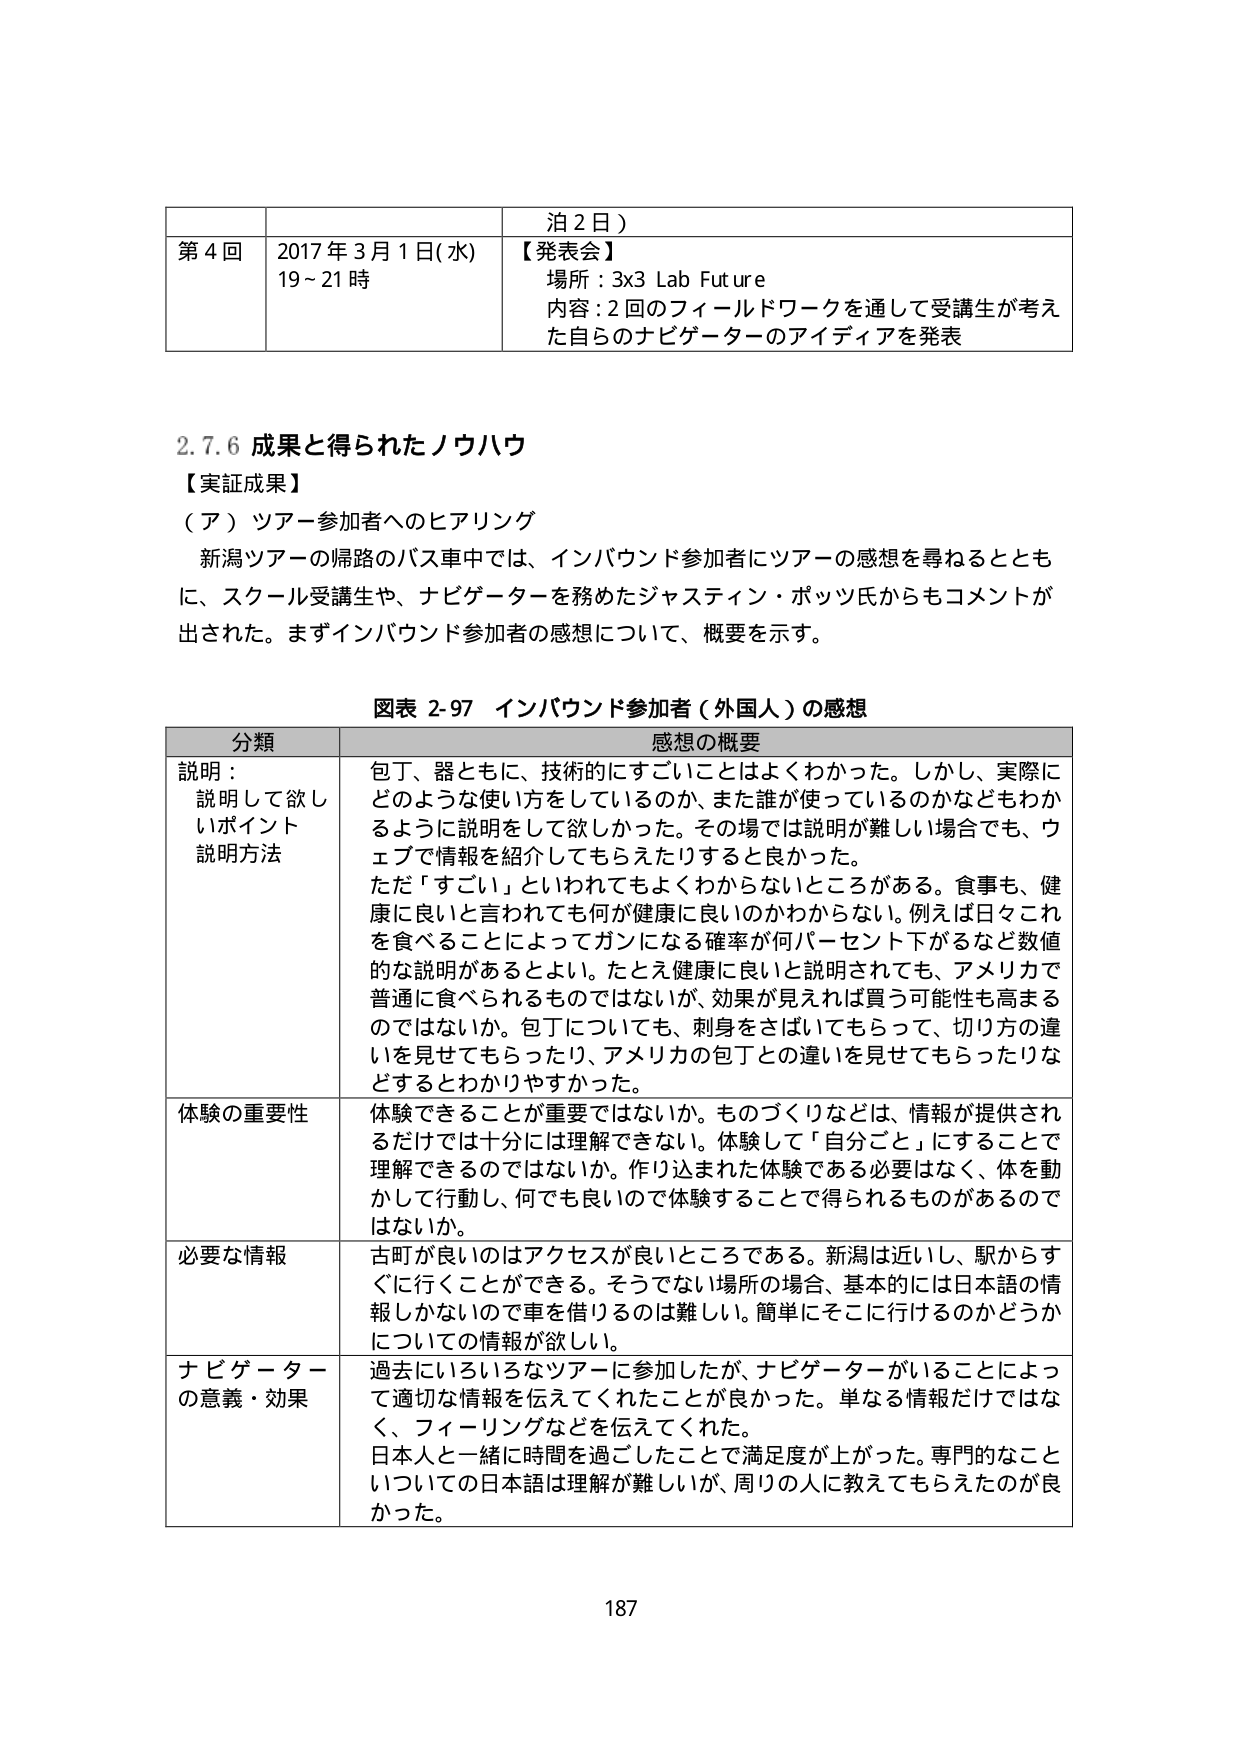
第４回 2017年3月1日(水) 19～21時 泊2日） 【発表会】 場所：3x3 Lab Future 内容：2回のフィールドワークを通して受講生が考えた自らのナビゲーターのアイディアを発表

2.7.6 成果と得られたノウハウ 【実証成果】 （ア）ツアー参加者へのヒアリング 新潟ツアーの帰路のバス車中では、インバウンド参加者にツアーの感想を尋ねるとともに、スクール受講生や、ナビゲーターを務めたジャスティン・ボッツ氏からもコメントが出された。まずインバウンド参加者の感想について、概要を示す。

図表 2-97 インバウンド参加者（外国人）の感想

分類 感想の概要 説明： 説明して欲しいポイント 説明方法 包丁、器ともに、技術的にすごいことはよくわかった。しかし、実際にどのような使い方をしているのか、また誰が使っているのかなどもわかるように説明をして欲しかった。その場では説明が難しい場合でも、ウェブで情報を紹介してもらえたりすると良かった。 ただ「すごい」といわれてもよくわからないところがある。食事も、健康に良いと言われても何が健康に良いのかわからない。例えば日々これを食べることによってガンになる確率が何パーセント下がるなど数値的な説明があるとよい。たとえ健康に良いと説明されても、アメリカで普通に食べられるものではないが、効果が見えれば買う可能性も高まるのではないか。包丁についても、刺身をさばいてもらって、切り方の違いを見せてもらったり、アメリカの包丁との違いを見せてもらったりなどするとわかりやすかった。 体験の重要性 体験できることが重要ではないか。ものづくりなどは、情報が提供されるだけでは十分には理解できない。体験して「自分ごと」にすることで理解できるのではないか。作り込まれた体験である必要はなく、体を動かして行動し、何でも良いので体験することで得られるものがあるのではないかな。 必要な情報 古町が良いのはアクセスが良いところである。新潟は近いし、駅からすぐに行くことができる。そうでない場所の場合、基本的には日本語の情報しかないのできちんと借りるのは難しい。簡単にそこに行けるのかどうかについての情報が欲しい。 ナビゲーターの意義・効果 過去にいろいろなツアーに参加したが、ナビゲーターがいることによって適切な情報を伝えてくれたことが良かった。単なる情報だけではなく、フィーリングなどを伝えてくれた。日本人と一緒に時間を過ごしたことで満足度が上がった。専門的なことについての日本語は理解が難しいが、周りの人に教えてもらえたのが良かった。

187